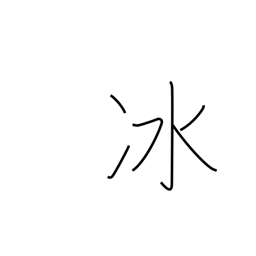
Meaning: hail